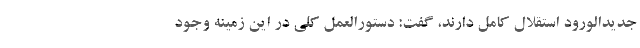
جدیدالورود استقلال کامل دارند، گفت: دستورالعمل کلی در این زمینه وجود